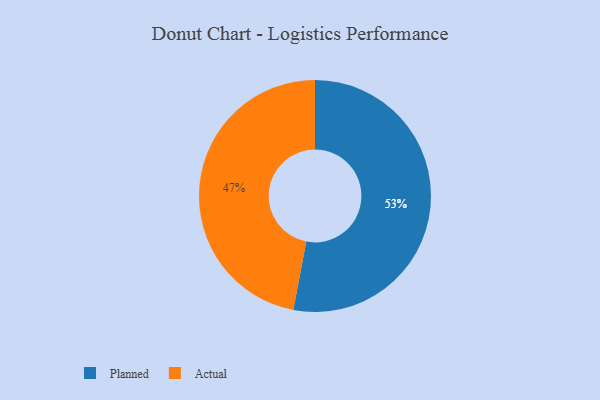
{"axis": {"x": "Category", "y": "Percentage"}, "legend": ["Actual", "Planned"], "data": [{"x": "Actual", "y": 47, "type": "Actual"}, {"x": "Planned", "y": 53, "type": "Planned"}]}